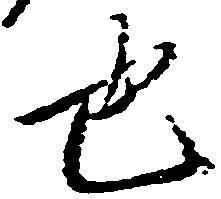
也